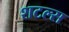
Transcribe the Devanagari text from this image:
शटल्स